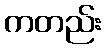
ကတည်း